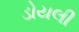
ડોયલી